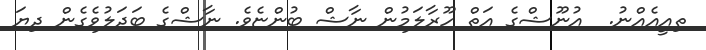
ތިއީއެއްނު.  އުނޫޝްގެ އަތް ހޫރާލަމުން ނާޝް ބުންޏެވެ. ނާޝްގެ ބަދަލުވެގެން ދިޔަ